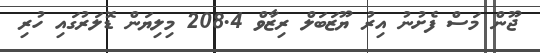
ޖޫން މަސް ފެށުނު އިރު ޔޫޒަބަލް ރިޒާވް 208.4 މިލިޔަން ޑޮލަރުގައި ހުރި